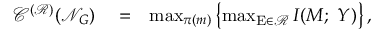
\begin{array} { r l r } { \mathscr { C } ^ { ( \mathcal { R } ) } ( \mathcal { N } _ { G } ) } & { { } = } & { \operatorname* { m a x } _ { \pi ( m ) } \left\{ \operatorname* { m a x } _ { \mathrm { E } \in \mathcal { R } } I ( M ; ~ Y ) \right\} , } \end{array}